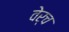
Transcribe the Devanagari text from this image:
वेर्च